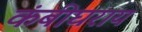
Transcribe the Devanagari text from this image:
कंबीघराय